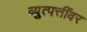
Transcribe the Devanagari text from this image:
व्युत्पत्तींवर